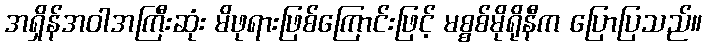
အရှိန်အဝါအကြီးဆုံး မိဖုရားဖြစ်ကြောင်းဖြင့် မစ္စစ်မိုရိုနီက ပြောပြသည်။